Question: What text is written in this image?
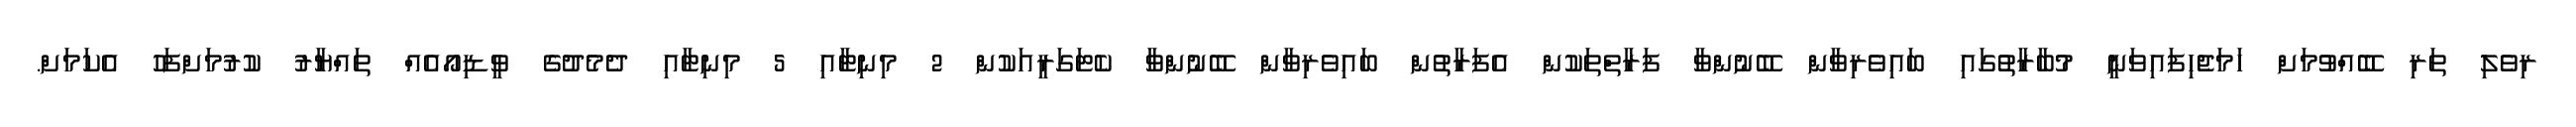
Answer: ރިވެލި ތަރި ބޭއްވުމަށް ހަމަޖެހިފައިވަނީ މުބާރާތުގައި ބައިވެރިވާން ބޭނުންވާ ފަރާތްތަކުން އެފަރާތުން ބައިވެރިވާން ބޭނުންވާ ކެޓަގަރީއަކުން 2 މިނިޓާއި 5 މިނިޓާއި ދެމެދުގެ ވީޑިއޯއެއް ތައްޔާރު ކުރުމަށްފަހު އެކަމަށް.